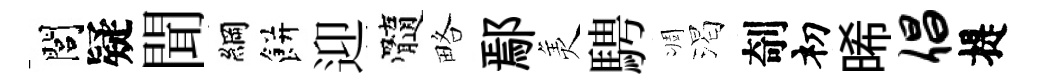
閭疑聞綱餅迎髓略鄢羙騁凋渴剞𥘉晞倡提